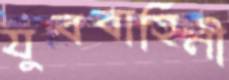
যুববাহিনী